Triennial report on the lunatic asylums in the province of Eastern Bengal and Assam - 1903-1911
Year: 1903
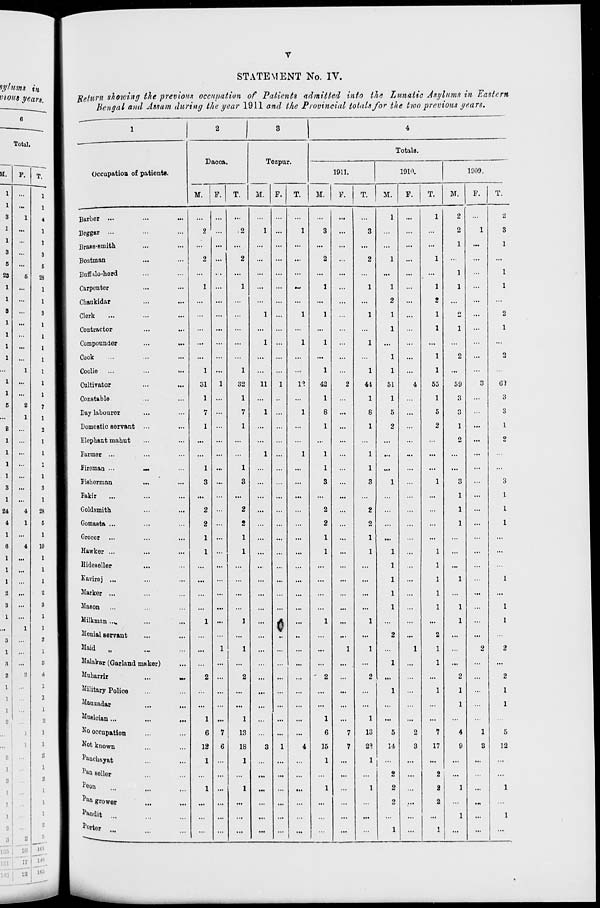
v
STATEMENT No. IV.
Return showing the previous occupation of Patients admitted into the Lunatic Asylums in Eastern
Bengal and Assam during the year 1911 and the Provincial totals for the two previous years.
1
Occupation of patients.
Barber ... ... ...
Beggar ... ... ...
Brass-smith ... ...
Boatman ... ...
Buffalo-herd ... ...
Carpenter ... ...
Chaukidar ... ...
Clerk ... ... ...
Contractor ... ...
Compounder ... ...
Cook ... ... ...
Coolie ...
...
...
Cultivator ... ...
Constable ... ...
Day labourer ... ...
Domestic servant ... ...
Elephant mahut ... ...
Farmer ... ... ...
Fireman ... ... ...
Fisherman
... ...
Fakir ... ... ...
Goldsmith ... ...
Gomasta ... ... ...
Grocer ... ... ...
Hawker ... ... ...
Hideseller ... ...
Kaviraj ... ... ...
Marker ... ... ...
Mason ... ... ...
Milkman ... ... ...
Menial servant ... ...
Maid „ ... ...
Malakar (Garland maker) ...
Muharrir
...
...
Military Police ... ...
Mauzadar ... ...
Musician... ... ...
No occupation ... ...
Not known ... ...
Panchayat ... ...
Pan seller ... ...
Peon ... ... ...
Pan grower ... ...
Pandit ... ... ...
Porter
...
...
...
2
Dacca.
M.
...
2
...
2
...
1
...
...
...
...
...
1
31
1
7
1
...
...
1
3
...
2
2
1
1
...
...
...
...
1
...
...
...
2
...
...
1
6
12
1
...
1
...
...
...
F.
...
...
...
...
...
...
...
...
...
...
...
...
1
...
...
...
...
...
...
...
...
...
...
...
...
...
...
...
...
...
...
1
...
...
...
...
...
7
6
...
...
...
...
...
...
T.
...
2
...
2
...
1
...
...
...
...
...
1
32
1
7
1
...
...
1
3
...
2
2
1
1
...
...
...
...
1
...
1
...
2
...
...
1
13
18
1
...
1
...
...
...
3
Tezpur.
M.
...
1
...
...
...
...
...
1
...
1
...
...
11
...
1
...
...
1
...
...
...
...
...
...
...
...
...
...
...
...
...
...
...
...
...
...
...
...
3
...
...
...
...
...
...
F.
...
...
...
...
...
...
...
...
...
...
...
...
1
...
...
...
...
...
...
...
...
...
...
...
...
...
...
...
...
...
...
...
...
...
...
...
...
...
1
...
...
...
...
...
...
T.
...
1
...
...
...
...
...
1
...
1
...
...
12
...
1
...
...
1
...
...
...
...
...
...
...
...
...
...
...
...
..
...
...
...
...
...
...
...
4
...
...
...
...
...
...
4
Totals.
1911.
M.
...
3
...
2
...
1
...
1
...
1
...
1
42
1
8
1
...
1
1
3
...
2
2
1
1
...
...
...
...
1
...
...
...
2
...
...
1
6
15
1
...
1
...
...
...
F.
...
...
...
...
...
...
...
...
...
...
...
...
2
...
...
...
...
...
...
...
...
...
...
...
...
...
...
...
...
...
...
1
...
...
...
...
...
7
7
...
...
...
...
...
...
T.
...
3
...
2
...
1
...
1
...
1
...
1
44
1
8
1
...
1
1
3
...
2
2
1
1
...
...
...
...
1
...
1
...
2
...
...
1
13
22
1
...
1
...
...
...
1910.
M.
1
...
...
1
...
1
2
1
1
...
1
1
51
1
5
2
...
...
...
1
...
...
...
...
1
1
1
1
1
...
2
...
1
...
1
...
...
5
14
...
2
2
2
...
1
F.
...
...
...
...
...
...
...
...
...
...
...
...
4
...
...
...
...
...
...
...
...
...
...
...
...
...
...
...
...
...
...
1
...
...
...
...
...
2
3
...
...
...
...
...
...
T.
1
...
...
1
...
1
2
1
1
...
1
1
55
1
5
2
...
...
...
1
...
...
...
...
1
1
1
1
1
...
2
1
1
...
1
...
...
7
17
...
2
2
2
...
1
1909.
M.
2
2
1
...
1
1
...
2
1
...
2
...
59
3
3
1
2
...
...
3
1
1
1
...
...
...
1
...
1
1
...
...
...
2
1
1
...
4
9
...
...
1
...
1
...
F.
...
1
...
...
...
...
...
...
...
...
...
...
3
...
...
...
...
...
...
...
...
...
...
...
...
...
...
...
...
...
...
2
...
...
...
...
...
1
3
...
...
...
...
...
...
T.
2
3
1
...
1
1
...
2
1
...
2
...
62
3
3
1
2
...
...
3
1
1
1
...
...
1
...
1
1
...
2
...
2
1
1
...
5
12
...
...
1
...
1
...